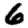
Digit: 6